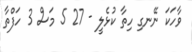
ވާހަކަ ނޭނގި ހިތާ ކުޅެލީ - 27 5 މަސް 3 ހަފްތާ